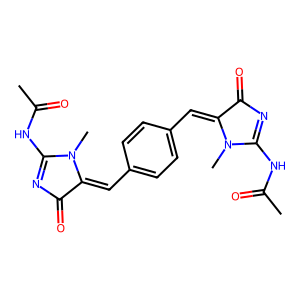
SMILES: CC(=O)NC1=NC(=O)C(=Cc2ccc(C=C3C(=O)N=C(NC(C)=O)N3C)cc2)N1C
Inhibits HIV replication: No